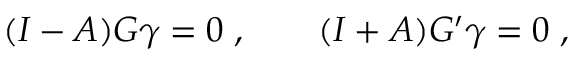
( I - A ) G \gamma = 0 \; , \qquad ( I + A ) G ^ { \prime } \gamma = 0 \; ,